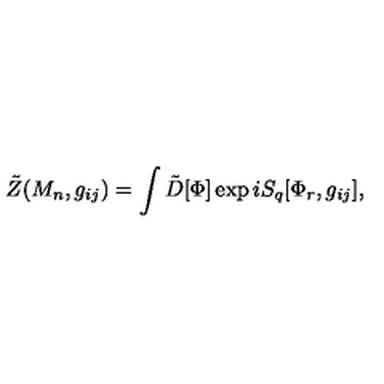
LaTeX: \tilde { Z } ( M _ { n } , g _ { i j } ) = \int \tilde { D } [ \Phi ] \exp i S _ { q } [ \Phi _ { r } , g _ { i j } ] ,